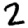
Digit: 2